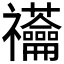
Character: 𰨙